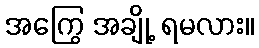
အကြွေ အချို့ ရမလား။